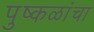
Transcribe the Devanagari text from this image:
पुष्कळांचा